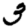
Digit: 3